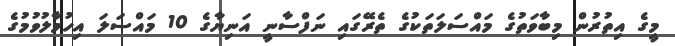
މީގެ އިތުރުން މިބާވަތުގެ މައްސަލަތަކުގެ ތެރޭގައި ނަފްސާނީ އަނިޔާގެ 10 މައްސަލަ އިހުމާލުވުމުގެ